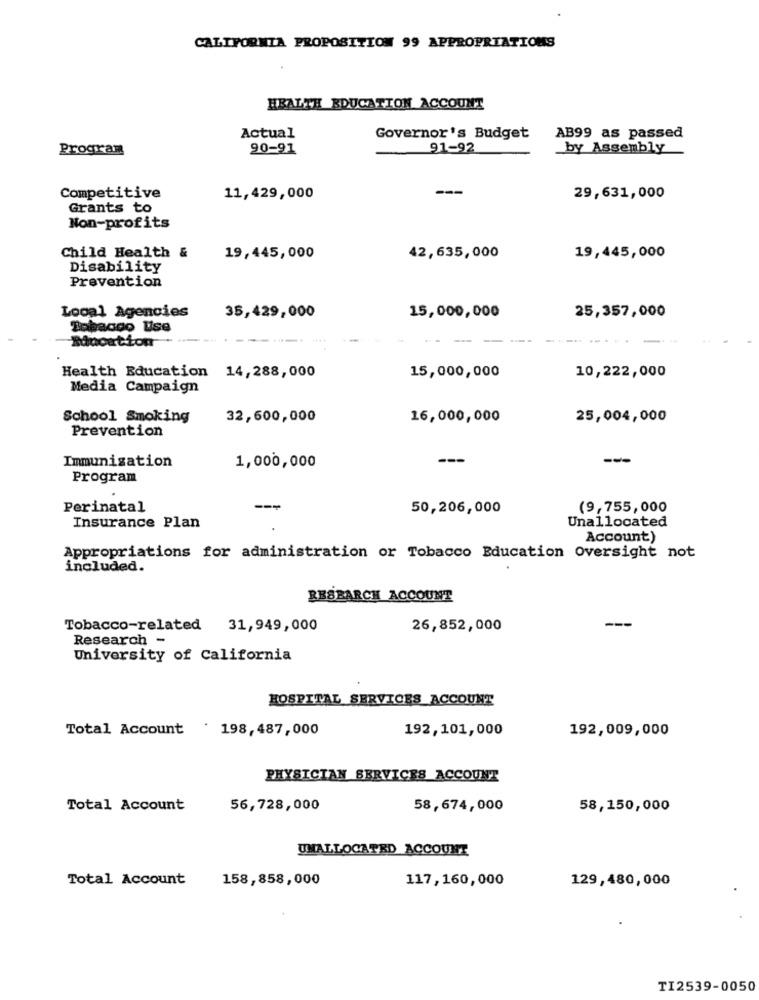
CALIFORNIA PROPOSITION 99 APPROPRIATIONS
HEALTH EDUCATION ACCOUNT
Actual
Governor's Budget
AB99 as passed
Program
90-91
91-92
_by Assembly
Competitive
11,429,000
29,631,000
Grants to
Non-profits
Child Health &
19,445,000
42,635,000
19,445,000
Disability
Prevention
Local Agencies
25,357,000
35,429,000
15,000,000
Tobacco Use
Health Education 14, 288, 000
15,000,000
10,222,000
Media Campaign
School Smoking
32,600,000
16,000,000
25,004,000
Prevention
Immunization
1,000,000
---
Program
Perinatal
50,206,000
(9,755,000
Unallocated
Insurance Plan
Account)
Appropriations for administration or Tobacco Education Oversight not
included.
RESEARCH ACCOUNT
Tobacco-related 31,949,000
26,852,000
Research -
University of California
HOSPITAL SERVICES_ACCOUNT
Total Account 198,487,000
192,101,000
192,009,000
PHYSICIAN SERVICES ACCOUNT
Total Account
56,728,000
58,674,000
58,150,000
UMALLOCATED ACCOUNT
Total Account
158,858,000
117,160,000
129,480,000
TI2539-0050